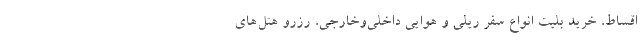
اقساط، خرید بلیت انواع سفر ریلی و هوایی داخلی‌وخارجی، رزرو هتل‌های